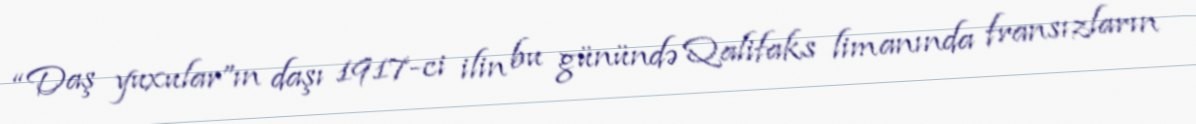
“Daş yuxular”ın daşı 1917-ci ilin bu günündə Qalifaks limanında fransızların